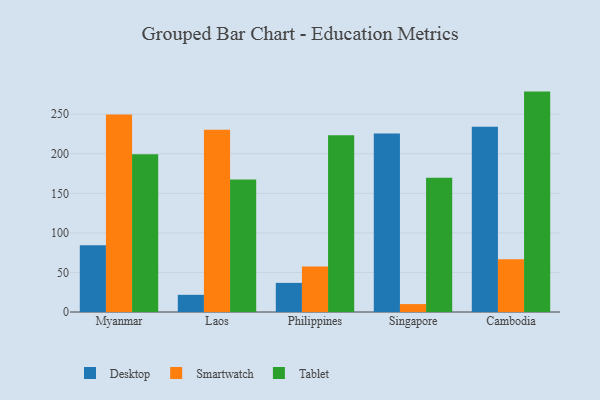
{"axis": {"x": "Country", "y": "Production Output"}, "legend": ["Desktop", "Smartwatch", "Tablet"], "data": [{"x": "Myanmar", "y": 84.4, "type": "Desktop"}, {"x": "Myanmar", "y": 249.8, "type": "Smartwatch"}, {"x": "Myanmar", "y": 199.3, "type": "Tablet"}, {"x": "Laos", "y": 21.7, "type": "Desktop"}, {"x": "Laos", "y": 230.4, "type": "Smartwatch"}, {"x": "Laos", "y": 167.4, "type": "Tablet"}, {"x": "Philippines", "y": 36.8, "type": "Desktop"}, {"x": "Philippines", "y": 57.6, "type": "Smartwatch"}, {"x": "Philippines", "y": 223.5, "type": "Tablet"}, {"x": "Singapore", "y": 225.7, "type": "Desktop"}, {"x": "Singapore", "y": 10.0, "type": "Smartwatch"}, {"x": "Singapore", "y": 169.6, "type": "Tablet"}, {"x": "Cambodia", "y": 234.3, "type": "Desktop"}, {"x": "Cambodia", "y": 66.8, "type": "Smartwatch"}, {"x": "Cambodia", "y": 278.6, "type": "Tablet"}]}